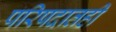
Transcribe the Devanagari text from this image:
परिषदातही